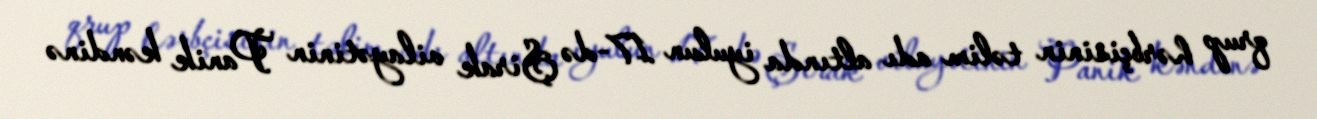
qrup hərbçisinin təlim adı altında iyulun 17-də Şirak vilayətinin Panik kəndinə